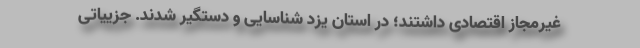
غیرمجاز اقتصادی داشتند؛ در استان یزد شناسایی و دستگیر شدند. جزییاتی